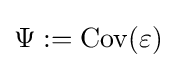
\Psi :=\mathrm {Cov} (\varepsilon )